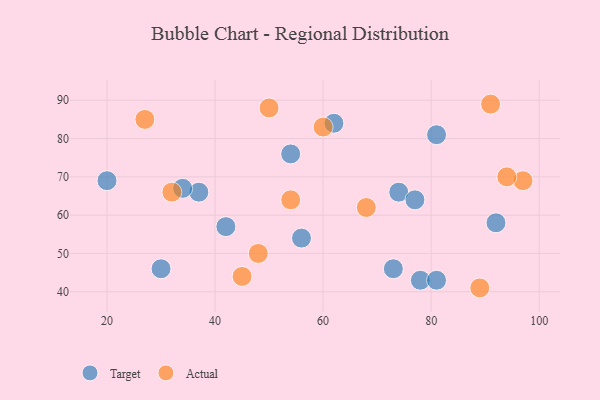
{"axis": {"x": "GDP", "y": "Life Expectancy"}, "legend": ["Actual", "Target"], "data": [{"x": "20", "y": 69, "type": "Target"}, {"x": "78", "y": 43, "type": "Target"}, {"x": "74", "y": 66, "type": "Target"}, {"x": "73", "y": 46, "type": "Target"}, {"x": "81", "y": 81, "type": "Target"}, {"x": "37", "y": 66, "type": "Target"}, {"x": "92", "y": 58, "type": "Target"}, {"x": "42", "y": 57, "type": "Target"}, {"x": "62", "y": 84, "type": "Target"}, {"x": "56", "y": 54, "type": "Target"}, {"x": "30", "y": 46, "type": "Target"}, {"x": "54", "y": 76, "type": "Target"}, {"x": "34", "y": 67, "type": "Target"}, {"x": "77", "y": 64, "type": "Target"}, {"x": "81", "y": 43, "type": "Target"}, {"x": "50", "y": 88, "type": "Actual"}, {"x": "54", "y": 64, "type": "Actual"}, {"x": "97", "y": 69, "type": "Actual"}, {"x": "32", "y": 66, "type": "Actual"}, {"x": "60", "y": 83, "type": "Actual"}, {"x": "48", "y": 50, "type": "Actual"}, {"x": "94", "y": 70, "type": "Actual"}, {"x": "91", "y": 89, "type": "Actual"}, {"x": "27", "y": 85, "type": "Actual"}, {"x": "68", "y": 62, "type": "Actual"}, {"x": "45", "y": 44, "type": "Actual"}, {"x": "89", "y": 41, "type": "Actual"}]}